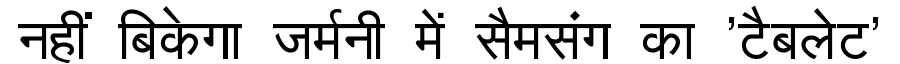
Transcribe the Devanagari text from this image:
नहीं बिकेगा जर्मनी में सैमसंग का 'टैबलेट'